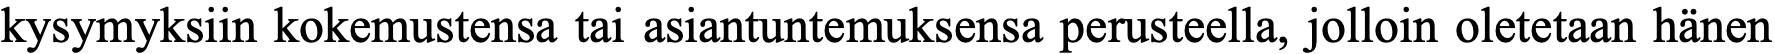
kysymyksiin kokemustensa tai asiantuntemuksensa perusteella, jolloin oletetaan hänen